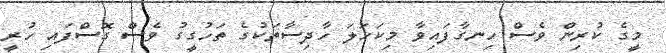
މީގެ ކުރިން ވެސް ހިނގާފައިވާ މިކަހަލަ ހާދިސާތަކުގެ ތަހުގީގު ވެސް ގޮސްފައި ހުރީ